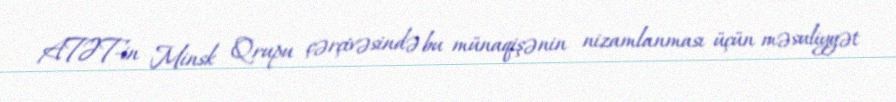
ATƏT-in Minsk Qrupu çərçivəsində bu münaqişənin nizamlanması üçün məsuliyyət